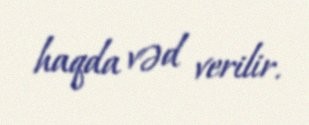
haqda vəd verilir.